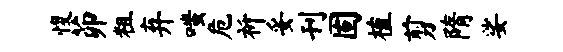
愎茆粗弃嗤危祈妥刊固植剪隋娑